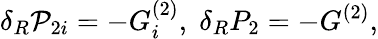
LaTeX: \delta_{R}{\cal P}_{2i}=-G_{i}^{(2)},\; \delta_{R}P_{2}=-G^{(2)},